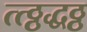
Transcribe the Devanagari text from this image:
त्त्ठ्ठद्धठ्ठ